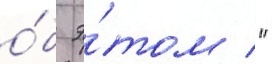
о́б э́том / "